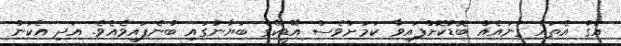
އަގު އެތައް ގުނައެއް ބޮޑުކޮށްފައިވާ ކަމަށްވެސް އޭޑީކޭގެ ބަޔާނުގައި ބުނެފައިވެއެވެ. އަދި އެކަން